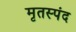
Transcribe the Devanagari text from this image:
मृतस्पंद